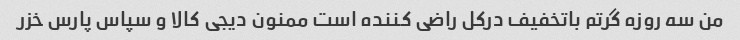
من سه روزه گرتم باتخفیف درکل راضی کننده است ممنون دیجی کالا و سپاس پارس خزر